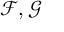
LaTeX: { \mathcal { F } } , { \mathcal { G } }